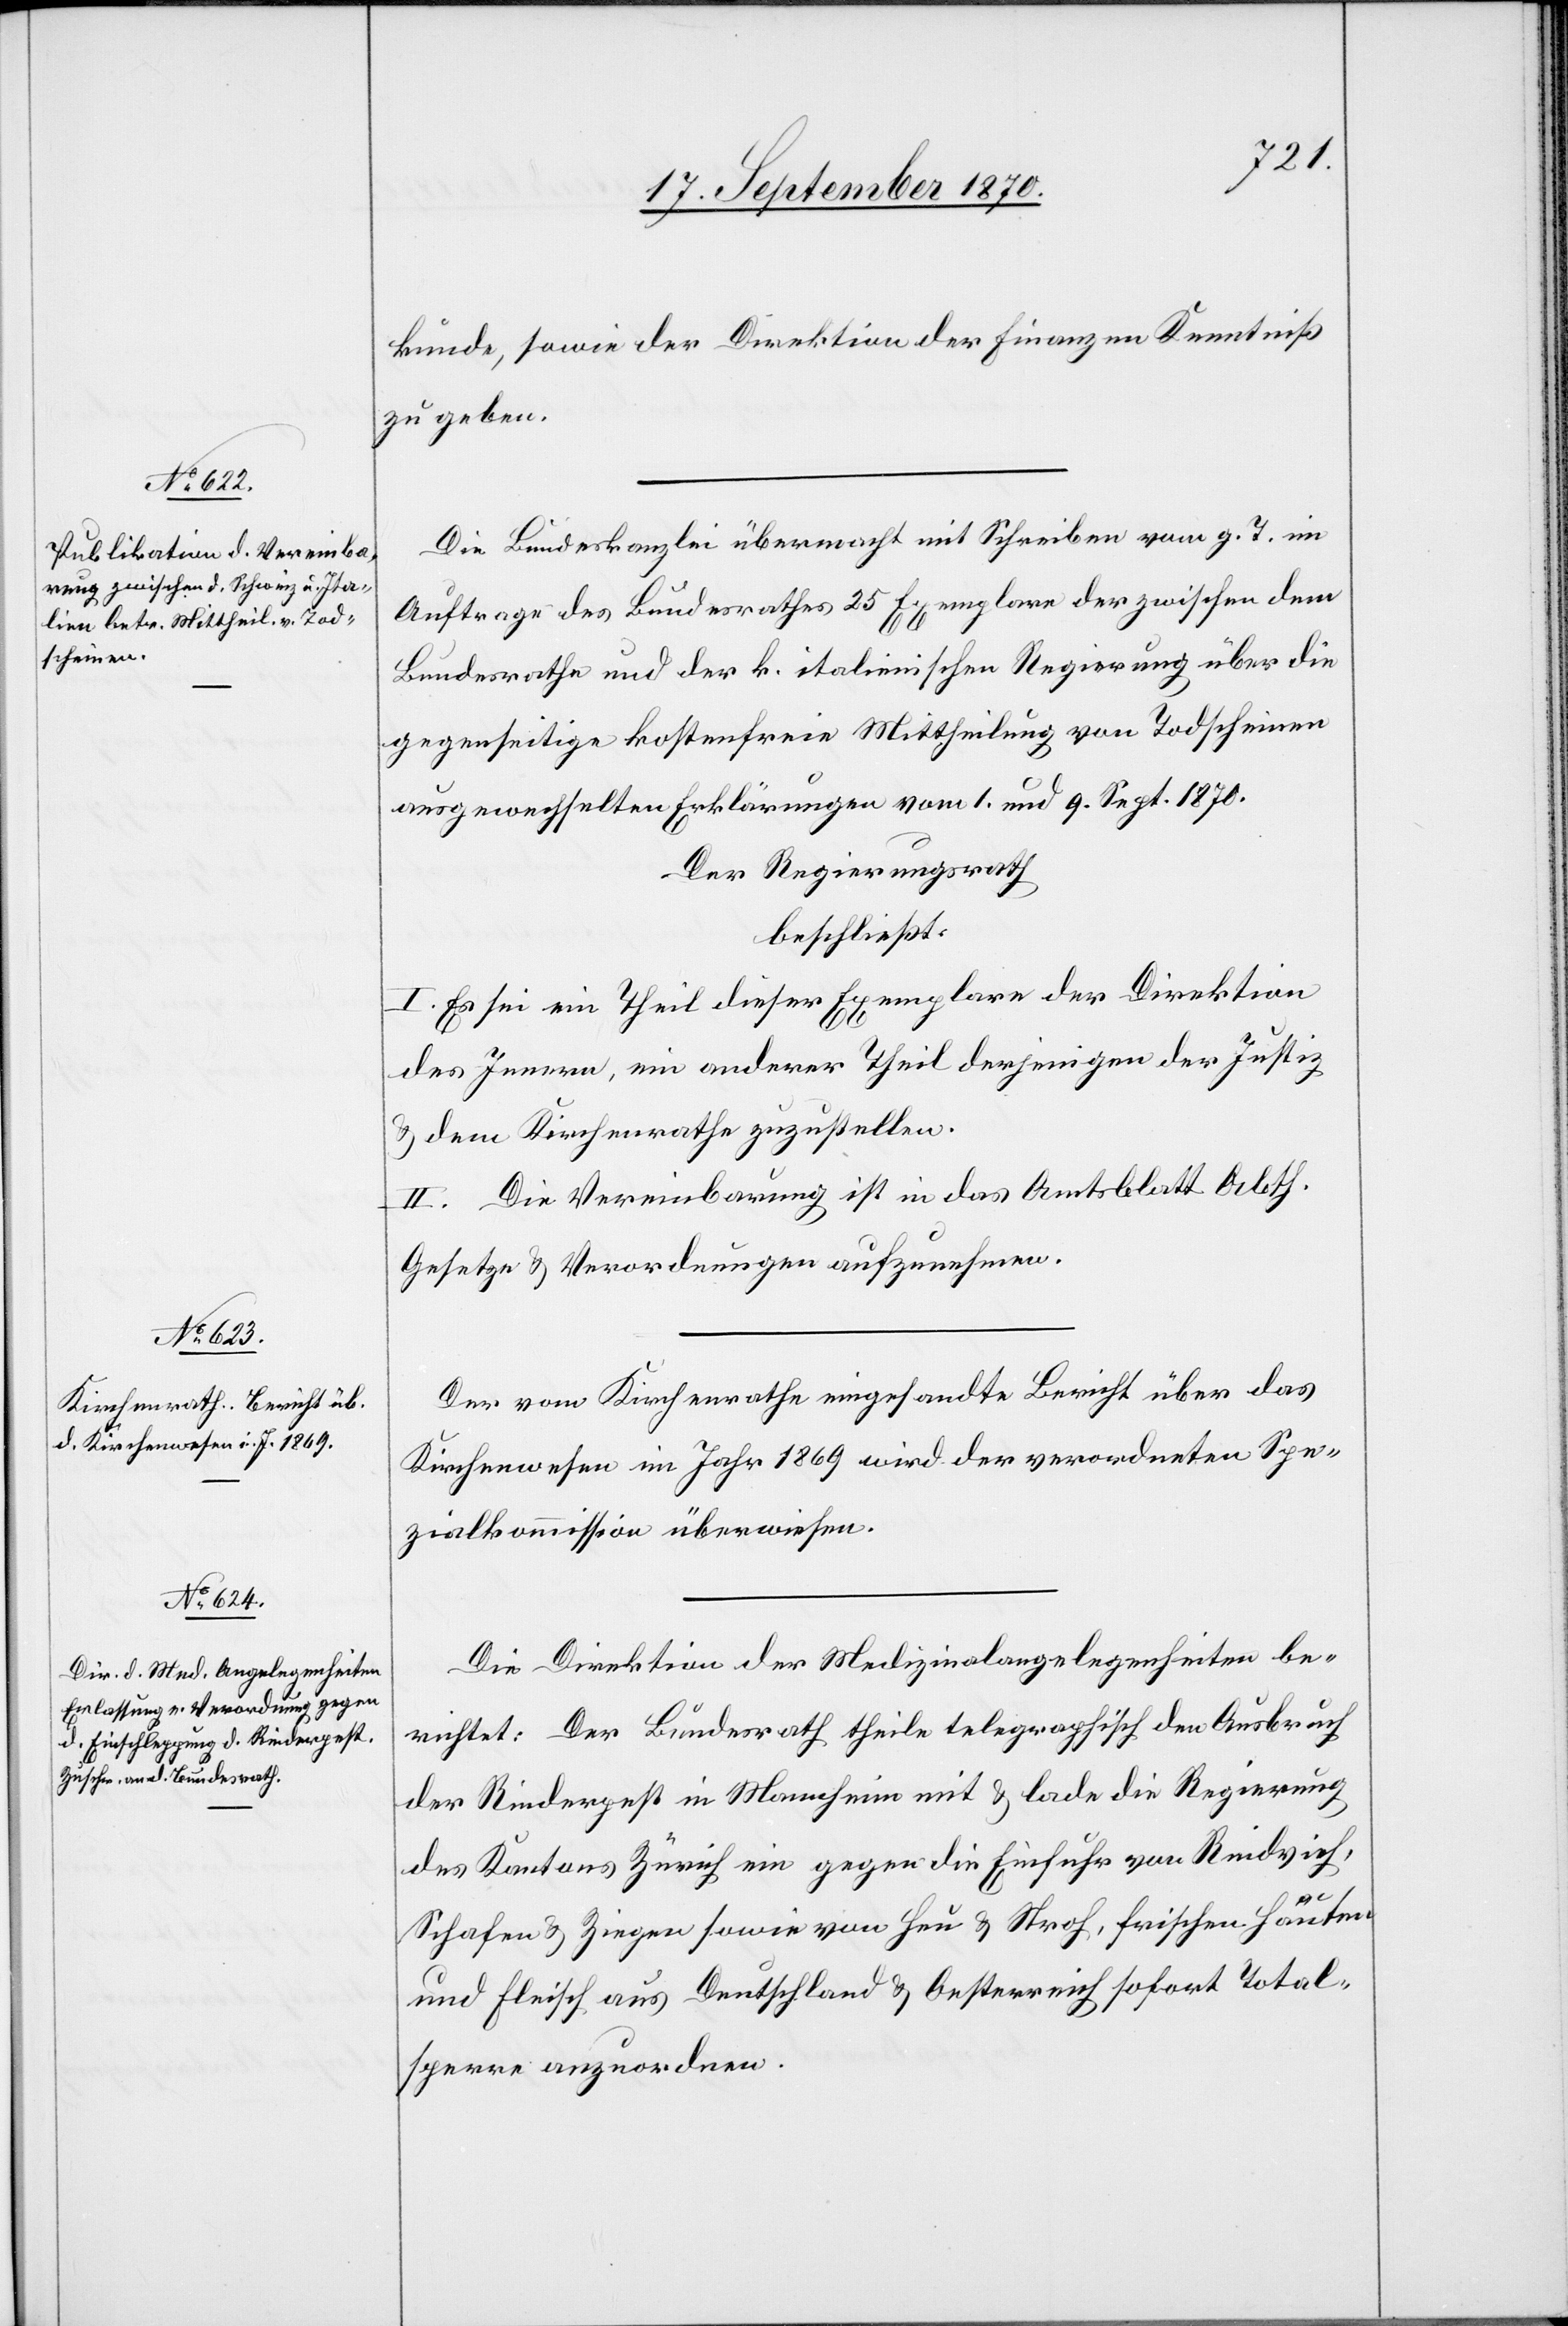
kunde, sowie der Direktion der Finanzen Kenntniß
zu geben.
Die Bundeskanzlei übermacht mit Schreiben vom g. T. im
Auftrage des Bundesrathes 25 Exemplare der zwischen dem
Bundesrathe und der k. italienischen Regierung über die
gegenseitige kostenfreie Mittheilung von Todscheinen
ausgewechselten Erklärungen vom 1. und 9. Sept. 1870.
Der Regierungsrath
beschließt:
I. Es sei ein Theil dieser Exemplare der Direktion
des Innern, ein anderer Theil derjenigen der Justiz
& dem Kirchenrathe zuzustellen.
II. Die Vereinbarung ist in das Amtsblatt Abth.
Gesetze & Verordnungen aufzunehmen.
Der vom Kirchenrathe eingesandte Bericht über das
Kirchenwesen im Jahr 1869 wird der verordneten Spe¬
zialkommission überwiesen.
Die Direktion der Medizinalangelegenheiten be¬
richtet: Der Bundesrath theile telegraphisch den Ausbruch
der Rinderpest in Mannheim mit & lade die Regierung
des Kantons Zürich ein gegen die Einfuhr von Rindvieh,
Schafen & Ziegen sowie von Heu & Stroh, frischen Häuten
und Fleisch aus Deutschland & Oesterreich sofort Total¬
sperre anzuordnen.